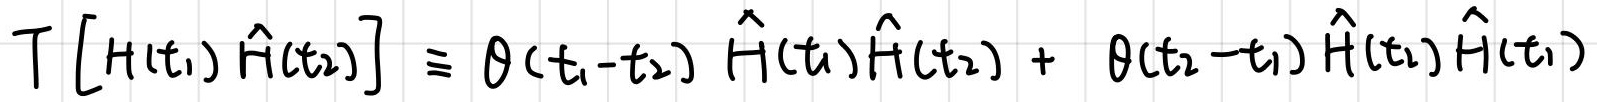
$T \left[ H(t_1) \hat{H}(t_2) \right] \equiv \theta(t_1 - t_2) \hat{H}(t_1) \hat{H}(t_2) + \theta(t_2 - t_1) \hat{H}(t_2) \hat{H}(t_1)$